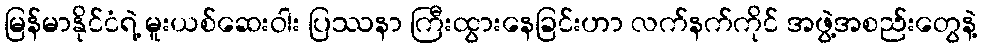
မြန်မာနိုင်ငံရဲ့ မူးယစ်ဆေးဝါး ပြဿနာ ကြီးထွားနေခြင်းဟာ လက်နက်ကိုင် အဖွဲ့အစည်းတွေနဲ့